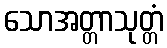
သောအတ္တာသုတ္တံ